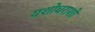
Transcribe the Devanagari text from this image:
यशोधराशी